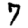
Digit: 7